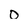
Character: 0